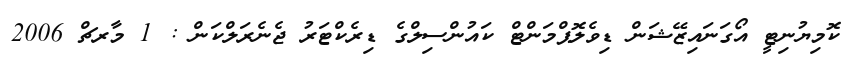
ކޮމިޔުނިޓީ އޯގަނައިޒޭޝަން ޑިވެލޮޕްމަންޓް ކައުންސިލްގެ ޑިރެކްޓަރު ޖެނެރަލްކަން : 1 މާރޗް 2006